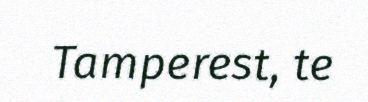
Tamperest, te